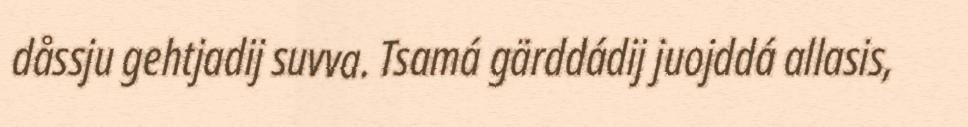
dåssju gehtjadij suvva. Tsamá gärddádij juojddá allasis,